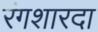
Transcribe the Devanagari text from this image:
रंगशारदा